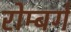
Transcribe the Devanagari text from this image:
रोम्बर्ग